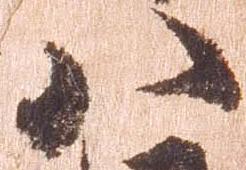
八